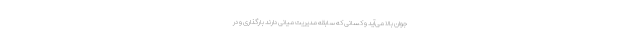
جوان بالا می‌آید و کسانی که سابقه مدیریت میانی دارند بارگذاری و در